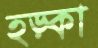
হড়্‌কা